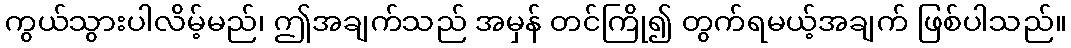
ကွယ်သွားပါလိမ့်မည်၊ ဤအချက်သည် အမှန် တင်ကြို၍ တွက်ရမယ့်အချက် ဖြစ်ပါသည်။